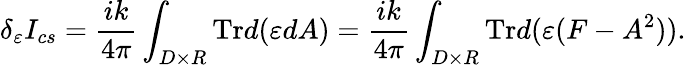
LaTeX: \delta_{\varepsilon}I_{cs}=\frac{ik}{4\pi}\int_{D\times R}\mathrm{Tr}d(\varepsilon dA)=\frac{ik}{4\pi}\int_{D\times R}\mathrm{Tr}d(\varepsilon(F-A^{2})).